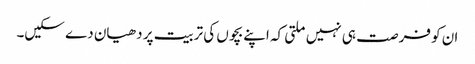
ان کو فرصت ہی نہیں ملتی کہ اپنے بچوں کی تربیت پر دھیان دے سکیں۔